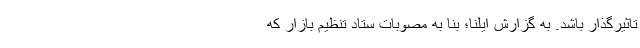
تاثیرگذار باشد. به گزارش ایلنا؛ بنا به مصوبات ستاد تنظیم بازار که